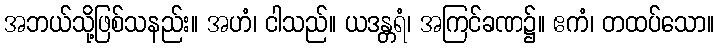
အဘယ်သို့ဖြစ်သနည်း။ အဟံ၊ ငါသည်။ ယဒန္တရံ၊ အကြင်ခဏ၌။ ဧကံ၊ တထပ်သော။